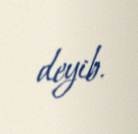
deyib.